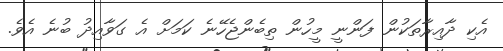
އެކި ދާއިރާތަކުން ފަންނީ މީހުން ތިބެންޖެހޭނެ ކަމަށް އެ ގަވާއިދު ބުނެ އެވެ.